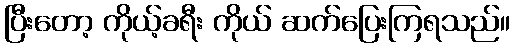
ပြီးတော့ ကိုယ့်ခရီး ကိုယ် ဆက်ပြေးကြရသည်။